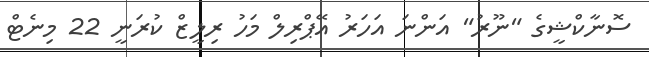
ސޮނާކްޝީގެ "ނޫރު" އަންނަ އަހަރު އޭޕްރިލް މަހު ރިލީޒް ކުރަނީ 22 މިނެޓް